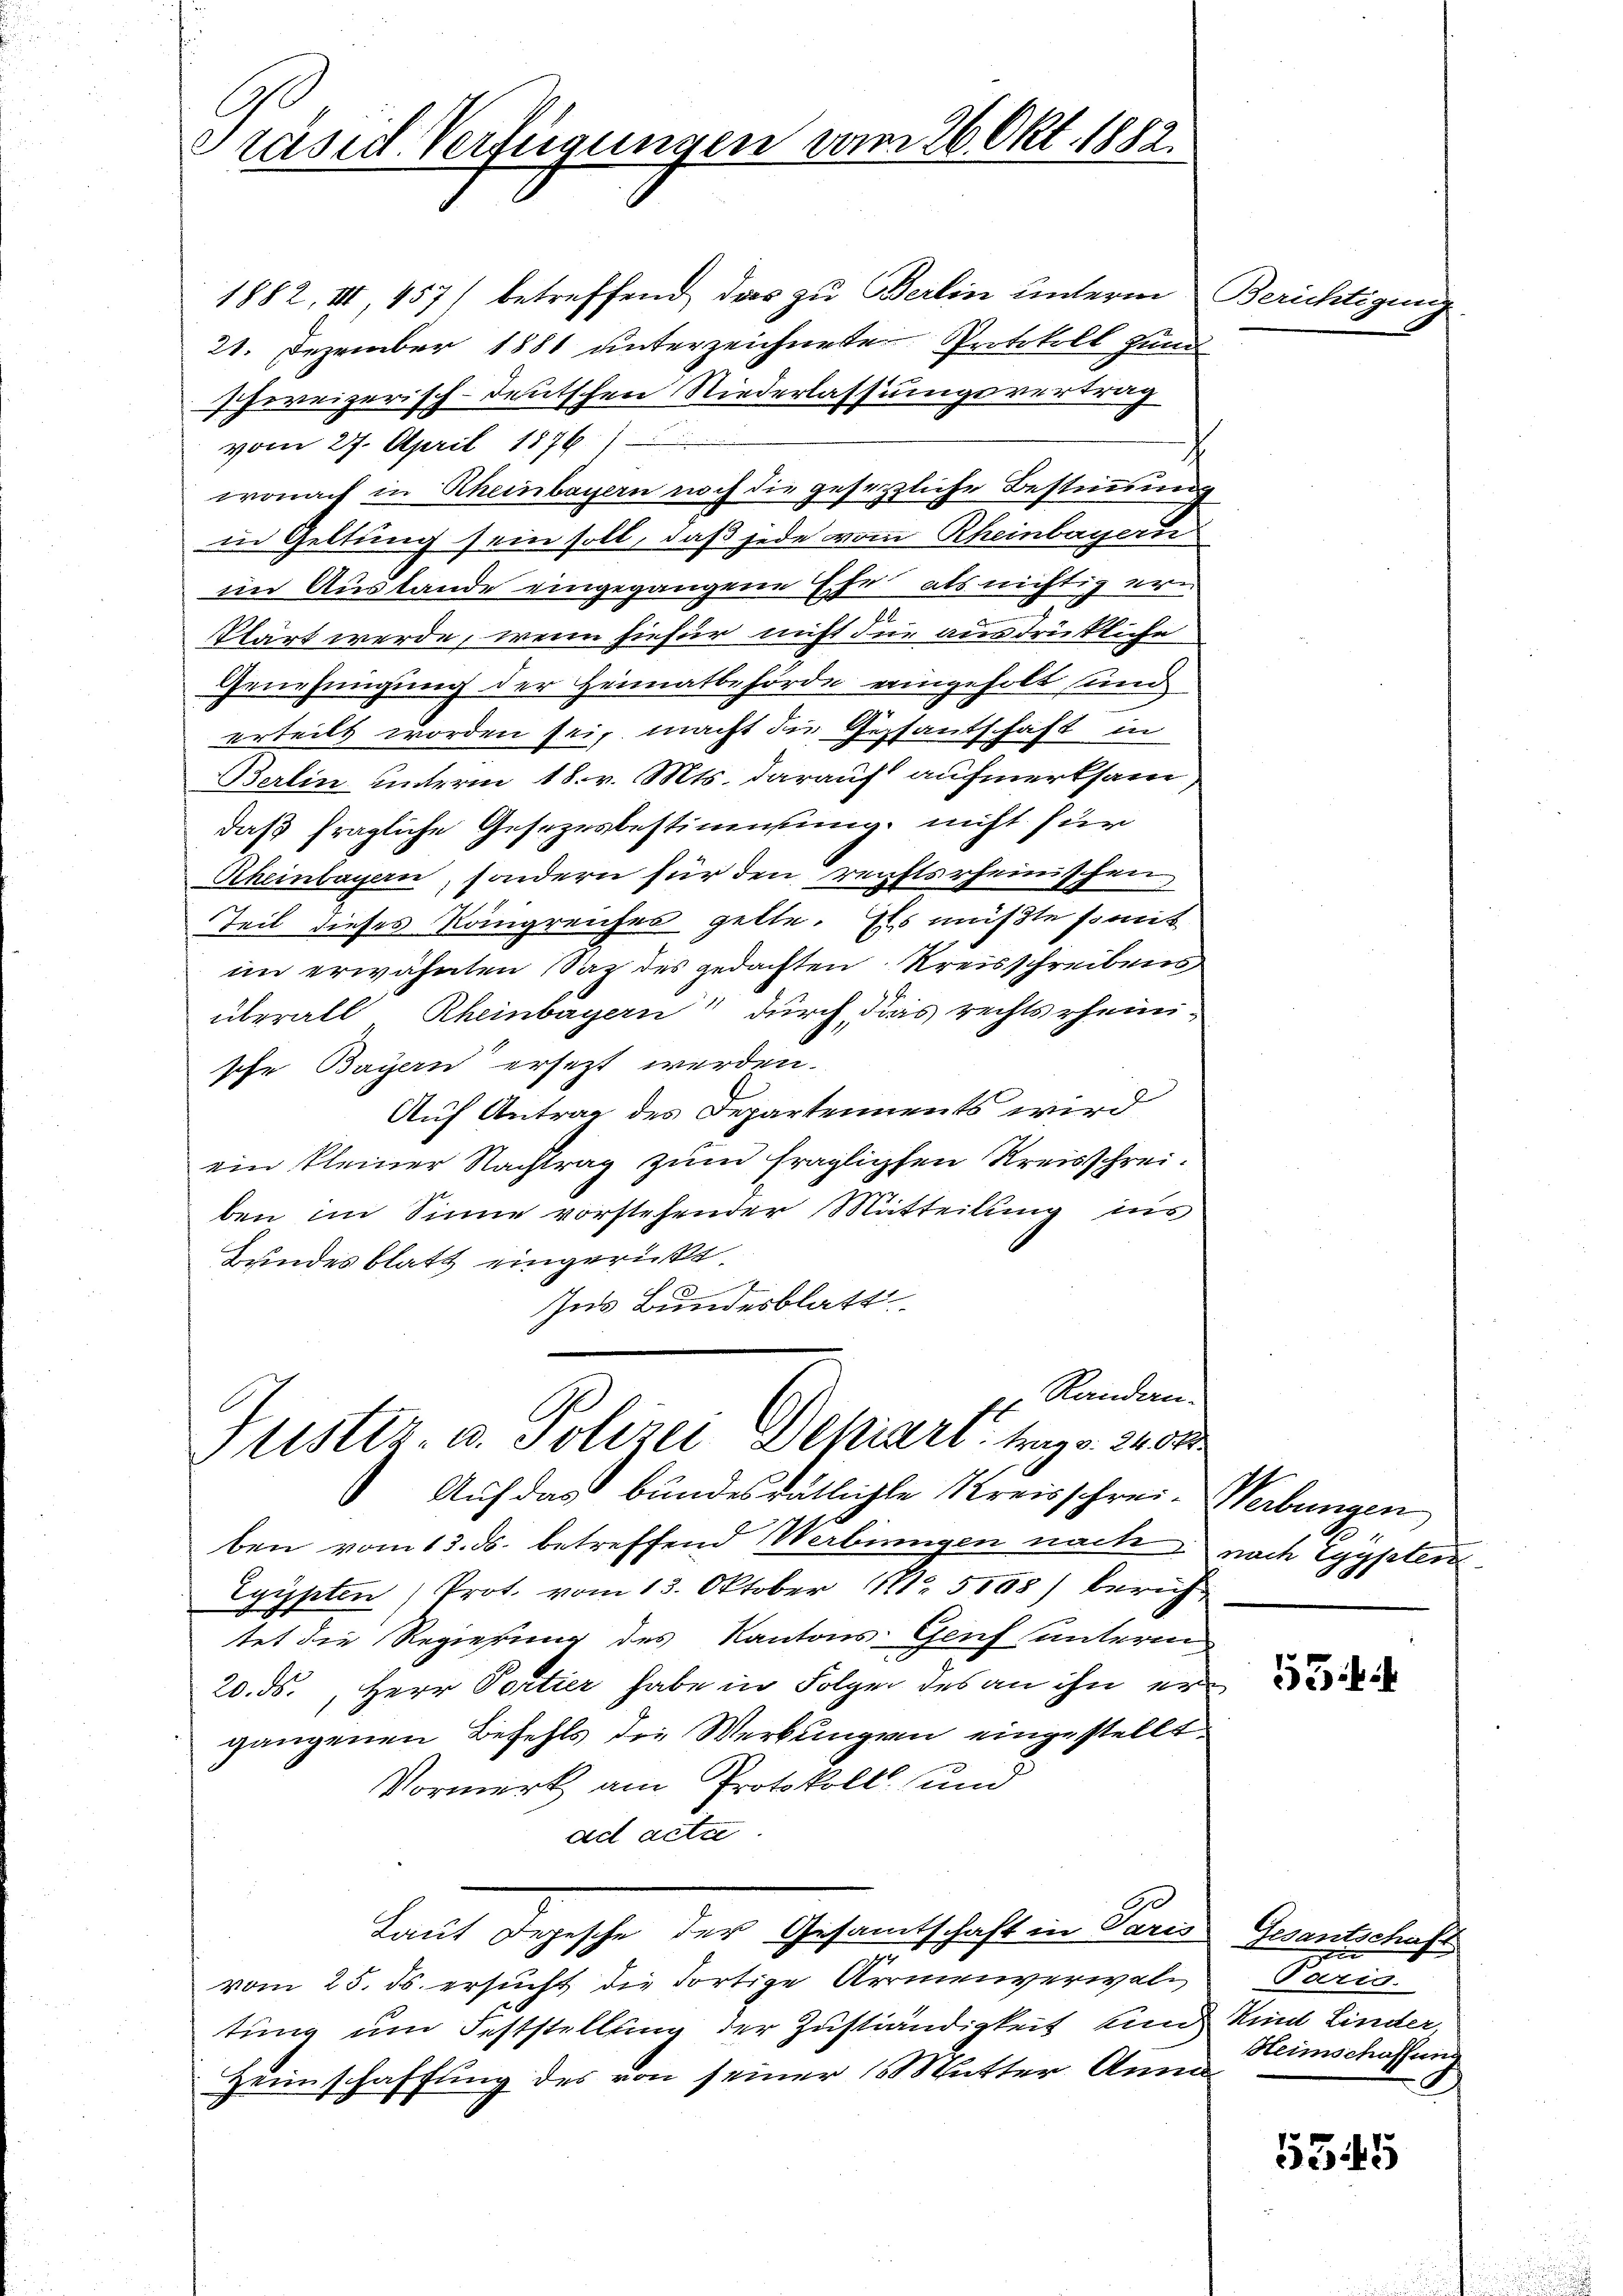
Präsid Verfügungen vom 26. Okt. 1882.

1882, III, 457) betreffend das zu Berlin unterm
21. Dezember 1881 unterzeichnete Protokoll zum
schereizerisch-deutschen Niederlassungsvertrag
vom 27. April 1876.
h
wonach in Rheinbayern noch die gesetzliche Bestimmung
in Geltung sein soll, daß jede vom Rheinbayern
im Austande eingegangene Ehe als nichtig erin
fl
klärt werde, wenn hiefür nicht die ausdrückliche
Genehmigung der Heimatbehörde eingeholt sind
erteilt worden sei, macht die Gestantschaft in
Berlin unterm 18. v. Mts. darauf aufmerksam
daß fragliche Gesezesbestimmung, nicht für
Rheinbayern, sondern für den rechtsrheinischen
Teil dieses Königreiches gelte. Es müßte somit
im erwähnten Saz des gedachten Kreisschreibens
überall Rheinbayern durch das rechts rheinische Bayern ersezt werden.
Auf Antrag des Departements wird
ein kleiner Nachtrag zum fraglichen Kreisschreiben im Sinne vorstehender Mitteilung ins
Bundesblatt eingerückt
Ins Bundesblatt
pl. Randan-
Justiz- u. Polizei Depiari trag v. 240
Auf das bundesrätlichte Kreisschrei- Werbungen
ben vom 13. ds. betreffend Werbunngen nach
Eyypten (Prot. vom 13. Oktober 1. 5108) bericht
tet die Regierung des Kantons- Genf unterm
20. ds. Herr Portier habe in Folger des an ihn er
gangenen Befehls die Werkungen eingestellt.
Vormerk am Protokoll und
ad actu
Laut Depesche der Gesamtschaft in Paris
14
vom 25. ds. ersucht die Fortige Arrmenverwaltung um Feststellung der Zuständigkeit und
Heimschaffung des von seiner Mutter Anna

Berichtigu

nach Egypten

5

Gesantschaft

Paris.
Kind Linder,
Heimschaffung

5545